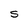
Character: S